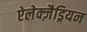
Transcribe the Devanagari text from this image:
ऐलेक्ज़ैड्रियन